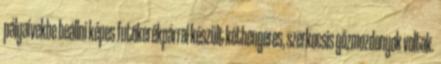
pályaívekbe beállni képes futókerékpárral készült kéthengeres, szerkocsis gőzmozdonyok voltak.